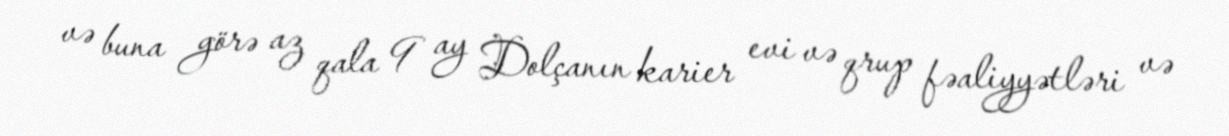
və buna görə az qala 9 ay Dolçanın karier evi və qrup fəaliyyətləri və